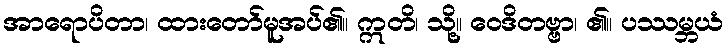
အာရောပိတာ၊ ထားတော်မူအပ်၏။ ဣတိ၊ သို့။ ဝေဒိတဗ္ဗာ၊ ၏။ ပဿမ္ဘယံ